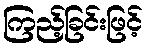
ကြည့်ခြင်းဖြင့်